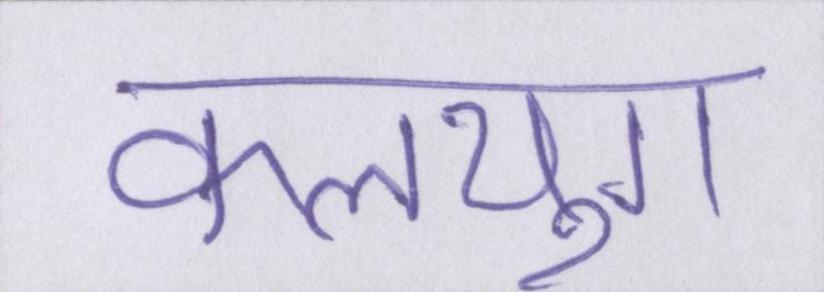
कलयुग